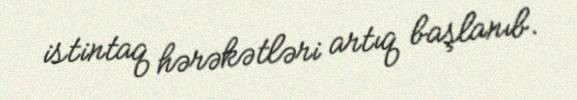
istintaq hərəkətləri artıq başlanıb.